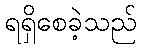
ရရှိစေခဲ့သည်